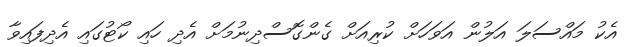
އެކު މައްސަލަ އަލުން އަވަހަށް ކުރިއަށް ގެންގޮސްދިނުމަށް އެދި ހައި ކޯޓުގައި އެދިފައިވާ